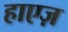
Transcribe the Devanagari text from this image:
हाएज़